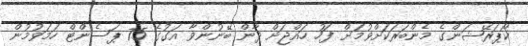
ކޯޕަރޭޝަންގެ މެންބަރަކަށްވުމަށް ފަހު ހައްޖަށް ދާން ބޭނުންވާ އަގުގެ 75 ޕަސެންޓް ހަމަވުމުން